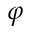
\varphi